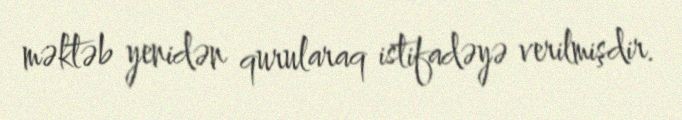
məktəb yenidən qurularaq istifadəyə verilmişdir.